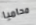
محاميا